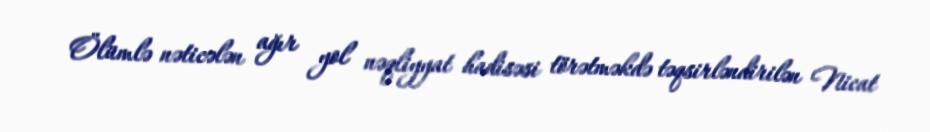
Ölümlə nəticələn ağır yol nəqliyyat hadisəsi törətməkdə təqsirləndirilən Nicat